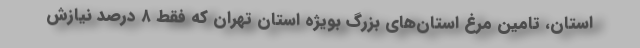
استان، تامین مرغ استان‌های بزرگ بویژه استان تهران که فقط ۸ درصد نیازش